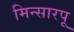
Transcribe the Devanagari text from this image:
मिन्सारपू